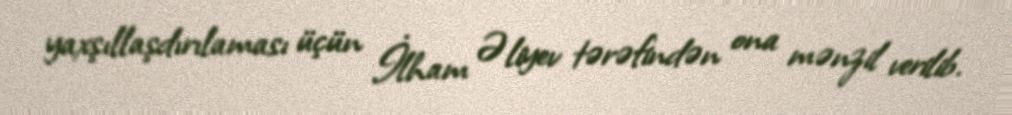
yaxşıllaşdırılaması üçün İlham Əliyev tərəfindən ona mənzil verilib.